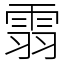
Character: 䨒